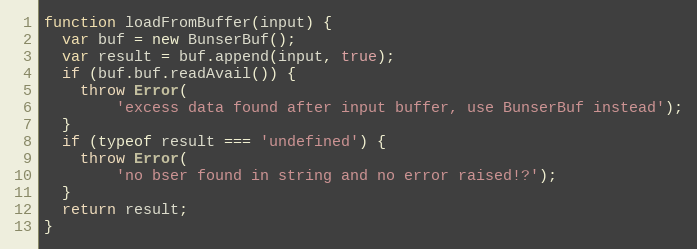
Language: JavaScript
function loadFromBuffer(input) {
  var buf = new BunserBuf();
  var result = buf.append(input, true);
  if (buf.buf.readAvail()) {
    throw Error(
        'excess data found after input buffer, use BunserBuf instead');
  }
  if (typeof result === 'undefined') {
    throw Error(
        'no bser found in string and no error raised!?');
  }
  return result;
}